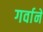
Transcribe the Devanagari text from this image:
गर्वाने